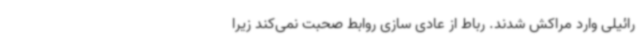
رائیلی وارد مراکش شدند. رباط از عادی سازی روابط صحبت نمی‌کند زیرا